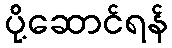
ပို့ဆောင်ရန်